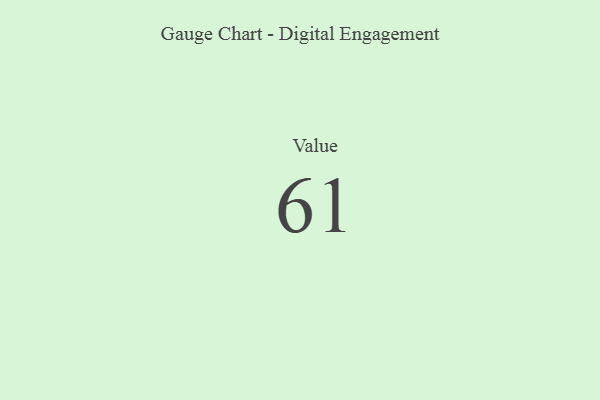
{"axis": {"x": "Metric", "y": "Value"}, "legend": [""], "data": [{"x": "Value", "y": 61, "type": ""}]}